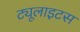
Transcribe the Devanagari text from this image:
ट्यूलाइटस